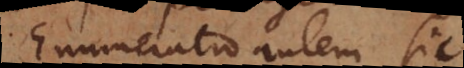
Enumeratio autem sic